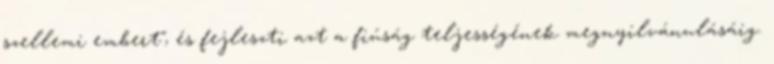
szellemi embert", és fejleszti azt a fiúság teljességének megnyilvánulásáig.